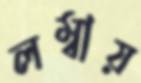
লম্বায়